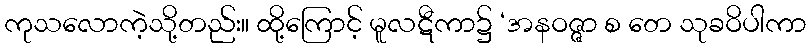
ကုသလောကဲ့သို့တည်း။ ထို့ကြောင့် မူလဋီကာ၌ ‘အနဝဇ္ဇာ စ တေ သုခဝိပါကာ